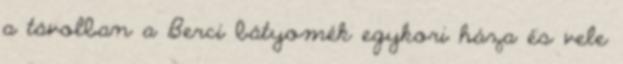
a távolban a Berci bátyomék egykori háza és vele